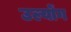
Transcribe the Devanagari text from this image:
उल्योंग